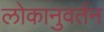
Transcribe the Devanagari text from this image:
लोकानुवर्तन